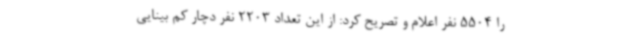
را 5504 نفر اعلام و تصریح کرد: از این تعداد 2203 نفر دچار کم بینایی